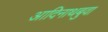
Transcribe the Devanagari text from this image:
आदिनाथबुवा